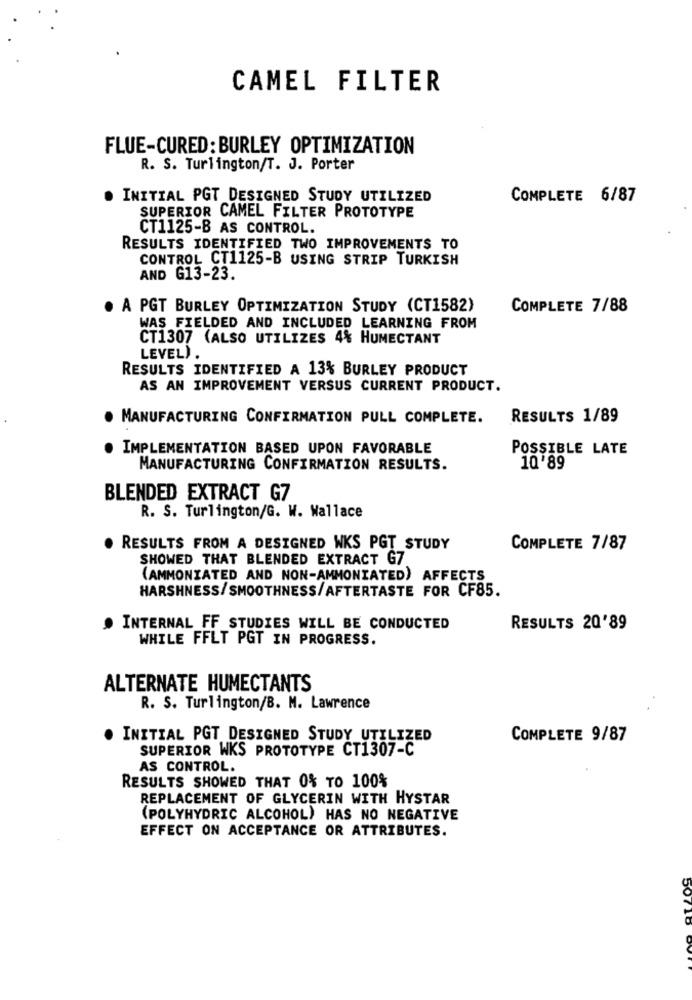
CAMEL FILTER
FLUE-CURED: BURLEY OPTIMIZATION
R. S. Turlington/T. J. Porter
. INITIAL PGT DESIGNED STUDY UTILIZED
COMPLETE 6/87
SUPERIOR CAMEL FILTER PROTOTYPE
CT1125-B AS CONTROL.
RESULTS IDENTIFIED TWO IMPROVEMENTS TO
CONTROL CT1125-B USING STRIP TURKISH
AND G13-23.
. A PGT BURLEY OPTIMIZATION STUDY (CT1582)
COMPLETE 7/88
WAS FIELDED AND INCLUDED LEARNING FROM
CT1307 (ALSO UTILIZES 4% HUMECTANT
LEVEL).
RESULTS IDENTIFIED A 13% BURLEY PRODUCT
AS AN IMPROVEMENT VERSUS CURRENT PRODUCT.
. MANUFACTURING CONFIRMATION PULL COMPLETE.
RESULTS 1/89
IMPLEMENTATION BASED UPON FAVORABLE
POSSIBLE LATE
MANUFACTURING CONFIRMATION RESULTS.
10 89
BLENDED EXTRACT G7
R. S. Turlington/G. W. Wallace
RESULTS FROM A DESIGNED WKS PGT _STUDY
COMPLETE 7/87
SHOWED THAT BLENDED EXTRACT G7
(AMMONIATED AND NON-AMMONIATED) AFFECTS
HARSHNESS/SMOOTHNESS/AFTERTASTE FOR CF85.
. INTERNAL FF STUDIES WILL BE CONDUCTED
RESULTS 20'89
WHILE FFLT PGT IN PROGRESS.
ALTERNATE HUMECTANTS
R. S. Turlington/B. M. Lawrence
INITIAL PGT DESIGNED STUDY UTILIZED
COMPLETE 9/87
SUPERIOR WKS PROTOTYPE CT1307-C
AS CONTROL.
RESULTS SHOWED THAT 0% TO 100%
REPLACEMENT OF GLYCERIN WITH HYSTAR
(POLYHYDRIC ALCOHOL) HAS NO NEGATIVE
EFFECT ON ACCEPTANCE OR ATTRIBUTES.
50710